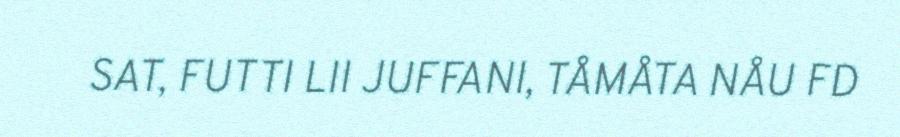
SAT, FUTTI LII JUFFANI, TÅMÅTA NÅU FD